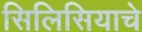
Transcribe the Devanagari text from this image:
सिलिसियाचे